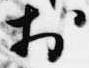
於